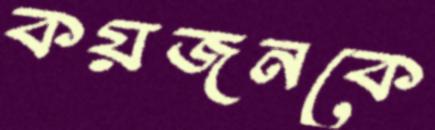
কয়জনকে